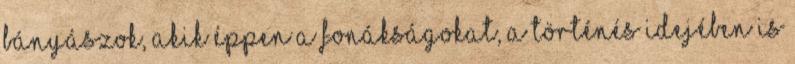
bányászok, akik éppen a fonákságokat, a történés idejében is